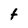
Character: t